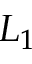
L _ { 1 }